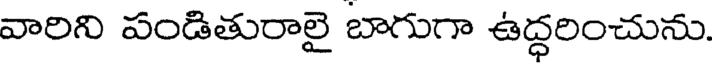
వారిని పండితురాలై బాగుగా ఉద్ధరించును.